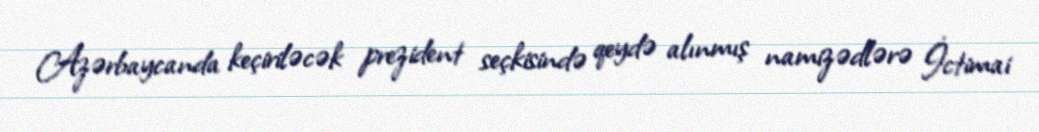
Azərbaycanda keçiriləcək prezident seçkisində qeydə alınmış namizədlərə İctimai